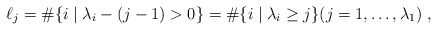
\begin{align*} \ell_{j} = \#\{ i \mid \lambda_i-(j-1) > 0 \} = \#\{ i \mid \lambda_i \geq j \} ( j=1,\ldots, \lambda_1) \;, \end{align*}